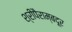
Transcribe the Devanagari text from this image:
श्रीपैराम्बदूर